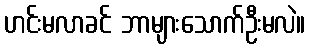
ဟင်းမလာခင် ဘာများသောက်ဦးမလဲ။